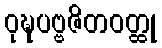
ဝုဍ္ဎပဗ္ဗဇိတဝတ္ထု